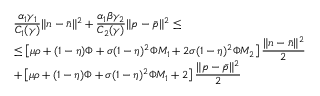
\begin{array} { l } { \displaystyle \frac { \alpha _ { 1 } \gamma _ { 1 } } { C _ { 1 } ( \gamma ) } \| n - \bar { n } \| ^ { 2 } + \displaystyle \frac { \alpha _ { 1 } \beta \gamma _ { 2 } } { C _ { 2 } ( \gamma ) } \| p - \bar { p } \| ^ { 2 } \leq } \\ { \leq \left[ \mu \rho + ( 1 - \eta ) \Phi + \sigma ( 1 - \eta ) ^ { 2 } \Phi M _ { 1 } + 2 \sigma ( 1 - \eta ) ^ { 2 } \Phi M _ { 2 } \right] \displaystyle \frac { \| n - \bar { n } \| ^ { 2 } } { 2 } } \\ { + \left[ \mu \rho + ( 1 - \eta ) \Phi + \sigma ( 1 - \eta ) ^ { 2 } \Phi M _ { 1 } + 2 \right] \displaystyle \frac { \| p - \bar { p } \| ^ { 2 } } { 2 } } \end{array}